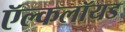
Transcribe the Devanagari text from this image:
ऍल्कलॉयड